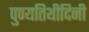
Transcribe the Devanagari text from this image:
पुण्यतिथीदिनी